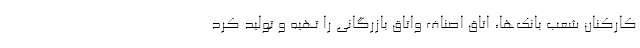
کارکنان شعب بانک‌ها، اتاق اصناف واتاق بازرگانی را تهیه و تولید کرد